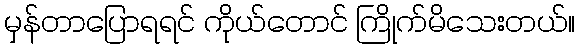
မှန်တာပြောရရင် ကိုယ်တောင် ကြိုက်မိသေးတယ်။